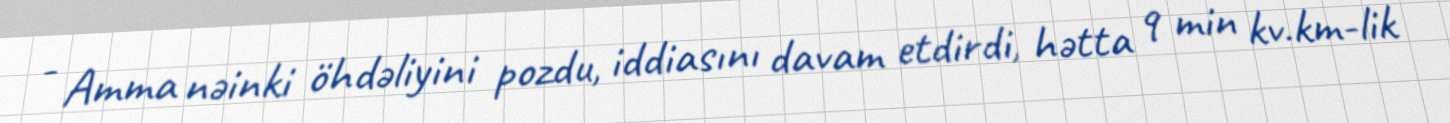
- Amma nəinki öhdəliyini pozdu, iddiasını davam etdirdi, hətta 9 min kv.km-lik